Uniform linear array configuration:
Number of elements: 24
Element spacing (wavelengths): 0.75
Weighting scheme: hann
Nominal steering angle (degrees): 45
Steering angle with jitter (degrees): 44.778
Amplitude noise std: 0.05
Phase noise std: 0.05

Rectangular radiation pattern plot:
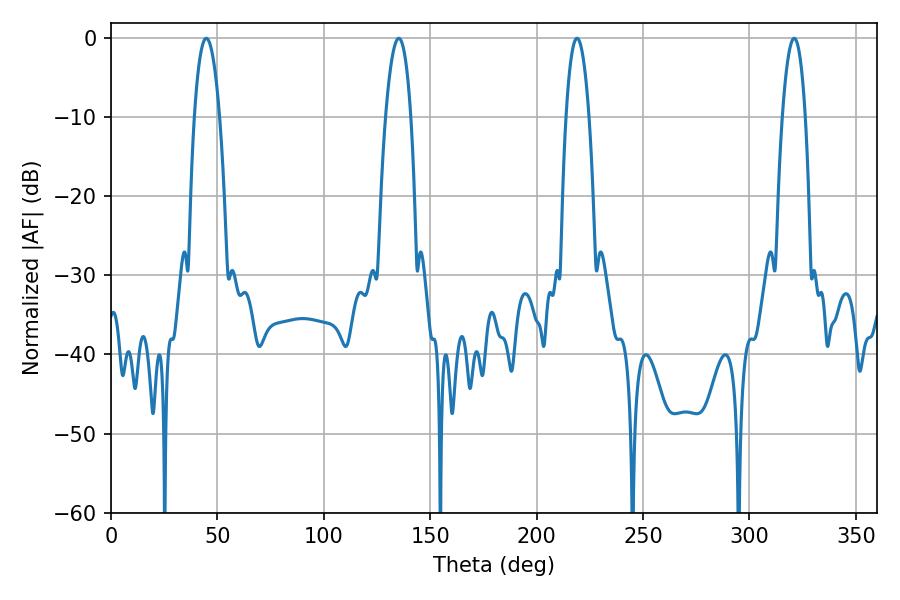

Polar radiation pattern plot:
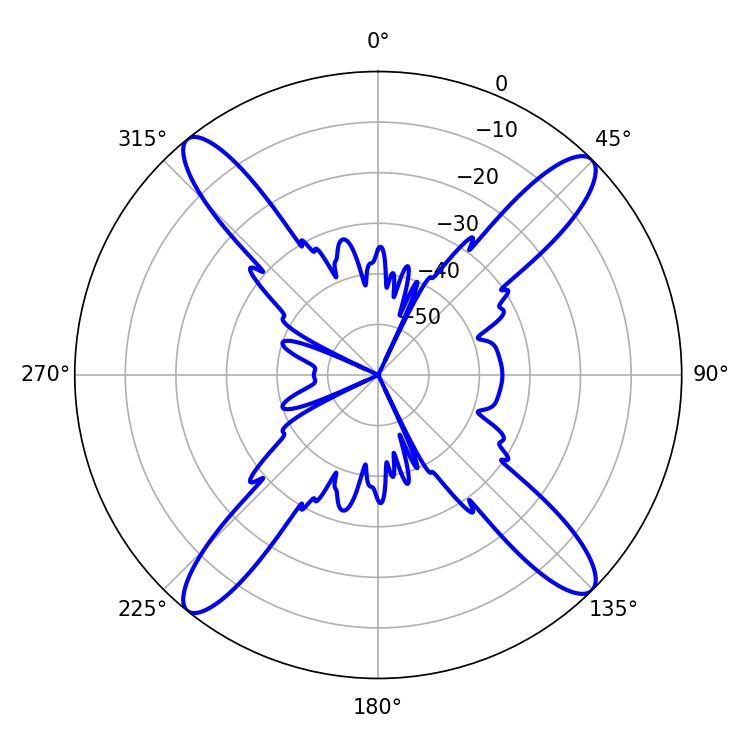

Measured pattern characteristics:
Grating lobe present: TRUE
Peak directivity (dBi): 17.879
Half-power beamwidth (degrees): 6.66
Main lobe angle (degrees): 44.82